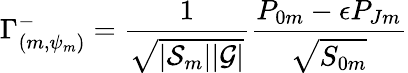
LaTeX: \Gamma_{(m,\psi_{m})}^{-}={\frac{1}{\sqrt{|{\cal S}_{m}||{\cal G}|}}}{\frac{{P}_{0m}-\epsilon{P}_{Jm}}{\sqrt{{S}_{0m}}}}